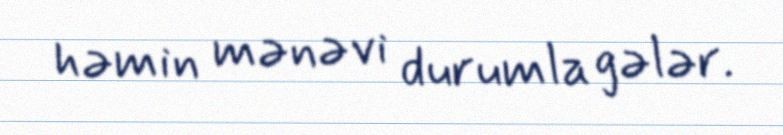
həmin mənəvi durumla gələr.